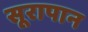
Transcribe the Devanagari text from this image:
सूरापान